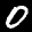
Label: 0